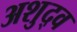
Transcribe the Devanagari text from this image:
अशुद्व